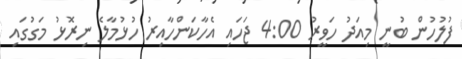
ފުލުހުން ބުނީ މިއަދު ހަވީރު 4:00 ޖަހައި އެހާކަންހާއިރު ހުޅުމާލެ ނިރޮޅު މަގުގައި